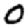
Digit: 0